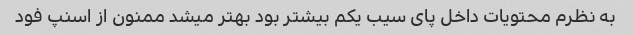
به نظرم محتویات داخل پای سیب یکم بیشتر بود بهتر میشد ممنون از اسنپ فود